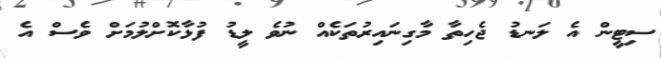
ސިޓީން އެ ލަނޑު ޖެހިތާ މާގިނައިރުތަކެއް ނުވެ ލީޑު ފުޅާކޮށްލުމަށް ވެސް އެ